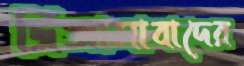
জিঞ্জাসাবাদের